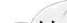
D.动物能够促进生态系统中的物质循环